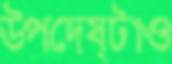
উপদেষ্টাও